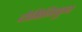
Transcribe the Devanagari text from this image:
दोमिनिकुए